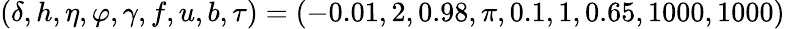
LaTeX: (\delta,h,\eta,\varphi,\gamma,f,u,b,\tau)=(-0.01,2,0.98,\pi,0.1,1,0.65,1000,1000)